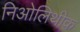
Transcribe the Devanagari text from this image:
निओलिथीक